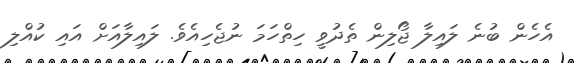
އެހެން ބުނެ ލައިލާ ޖޯލިން ތެދުވީ ހިތްހަމަ ނުޖެހިއެވެ. ލައިލާއަށް އައި ކުއްލި